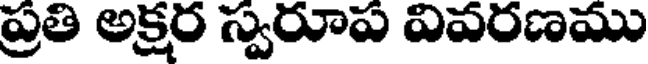
ప్రతి అక్రర స్వరూప విపరణము